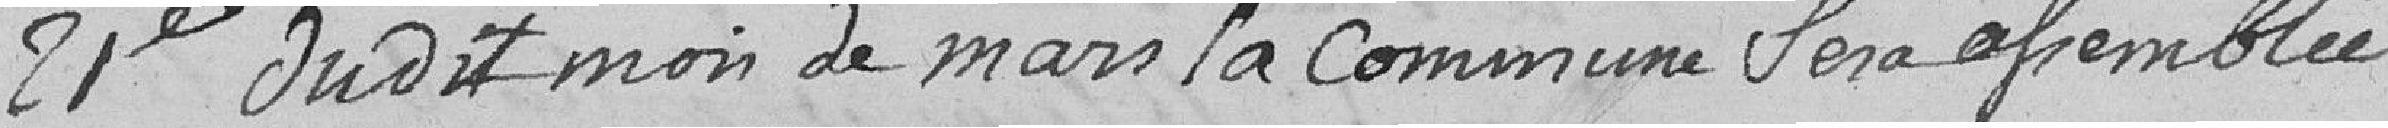
21e dudit mois de mars la commune sera assemblée